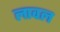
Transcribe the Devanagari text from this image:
लावल